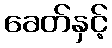
ခေတ်နှင့်